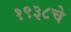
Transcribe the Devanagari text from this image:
१९३८चे